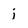
Character: j